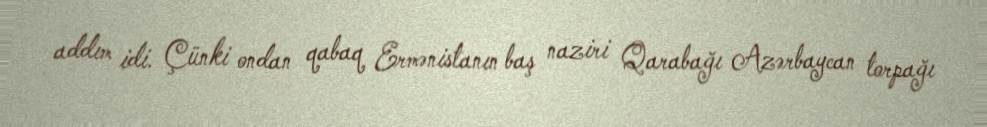
addım idi. Çünki ondan qabaq Ermənistanın baş naziri Qarabağı Azərbaycan torpağı